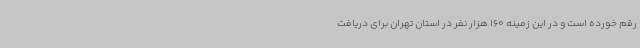
رقم خورده است و در این زمینه 160 هزار نفر در استان تهران برای دریافت